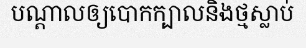
បណ្តាលឲ្យបោកក្បាលនិងថ្មស្លាប់